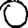
Digit: 0